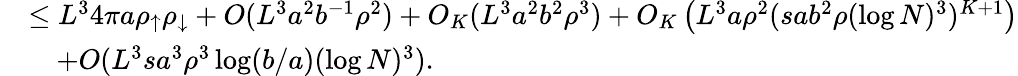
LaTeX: \begin{array}{rl}&{\leq L^{3}4\pi a\rho_{\uparrow}\rho_{\downarrow}+O(L^{3}a^{2}b^{-1}\rho^{2})+O_{K}(L^{3}a^{2}b^{2}\rho^{3})+O_{K}\left(L^{3}a\rho^{2}(sab^{2}\rho(\log N)^{3})^{K+1}\right)}\\ &{\quad+O(L^{3}sa^{3}\rho^{3}\log(b/a)(\log N)^{3}).}\end{array}